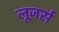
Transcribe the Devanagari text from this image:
लूजर्स